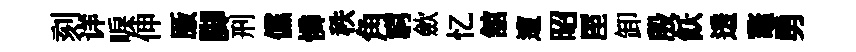
刻详唳伸厫脚刑儻憐秩角窮歛忆舘遭昭厔卸殷飫透鼇勇